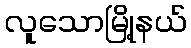
လူသောမြို့နယ်